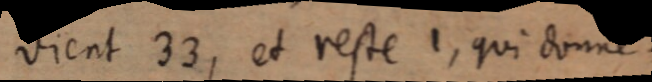
vient 33, et reste 1, qui donne ⅓